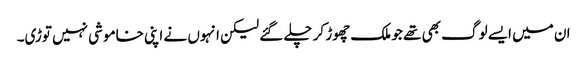
ان میں ایسے لوگ بھی تھے جو ملک چھوڑ کر چلے گئے لیکن انہوں نے اپنی خاموشی نہیں توڑی۔